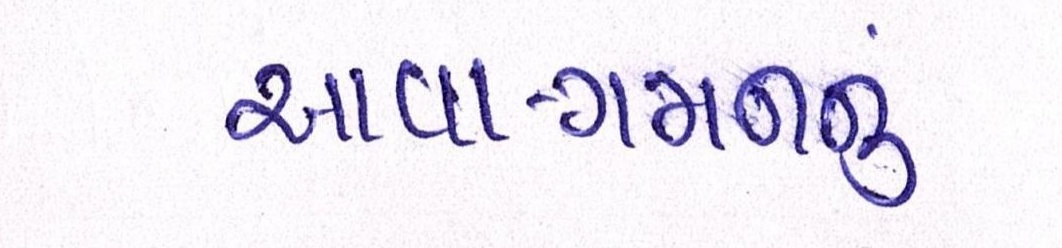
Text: આવા-ગમનનું